Assam Mental Hospital (Tezpur, India) - 1933-1948
Year: 1933
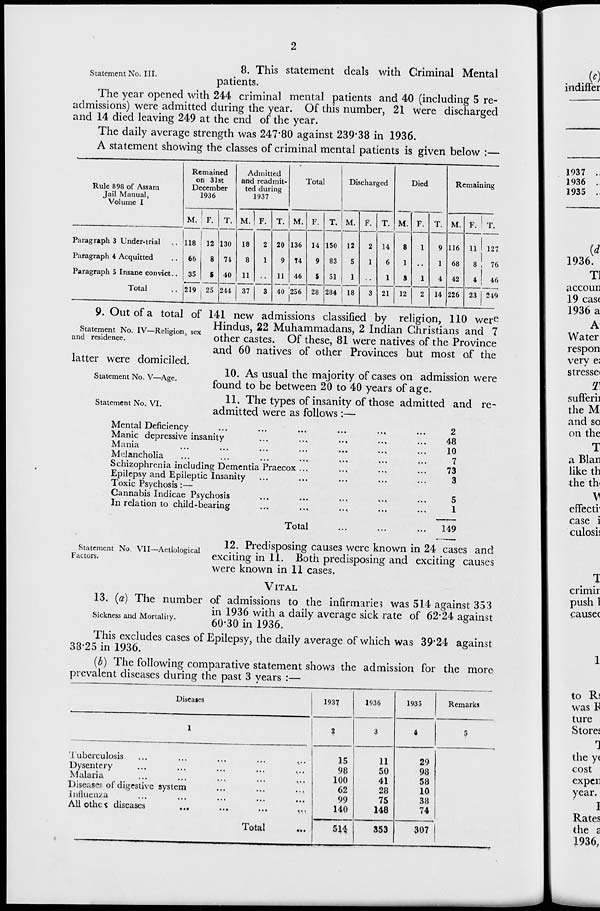
2
Statement No. III.
8. This statement deals with Criminal Mental
patients.
The year opened with 244 criminal mental patients and 40 (including 5 re-
admissions) were admitted during the year. Of this number, 21 were discharged
and 14 died leaving 249 at the end of the year.
The daily average strength was 247.80 against 239.38 in 1936.
A statement showing the classes of criminal mental patients is given below :—
Rule 898 of Assam
Jail Manual,
Volume I
Paragraph 3 Under-trial ..
Paragraph 4 Acquitted ...
Paragraph 5 Insane convict ..
Total ..
Remained
on 31st
December
1936
M.
118
66
35
219
F.
12
8
5
25
T.
130
74
40
244
Admitted
and readmit-
ted during
1937
M.
18
8
11
37
F.
2
1
..
3
T.
20
9
11
40
Total
M.
136
74
46
256
F.
14
9
5
28
T.
150
83
51
284
Discharged
M.
12
5
1
18
F.
2
1
..
3
T.
14
6
1
21
Died
M.
8
1
3
12
F.
1
..
1
2
T.
9
1
4
14
Remaining
M.
116
68
42
226
F.
11
8
4
23
T.
127
76
46
249
Statement No. IV—Religion, sex
and residence.
9. Out of a total of 141 new admissions classified by religion, 110 were
Hindus, 22 Muhammadans, 2 Indian Christians and 7
other castes. Of these, 81 were natives of the Province
and 60 natives of other Provinces but most of the
latter were domiciled.
Statement No. V—Age.
10. As usual the majority of cases on admission were
found to be between 20 to 40 years of age.
Statement No. VI.
11. The types of insanity of those admitted and re-
admitted were as follows :—
Mental Deficiency ... ... ... ... ... ...
Manic depressive insanity ... ... ... ... ...
Mania ... ... ... ... ... ... ...
Melancholia ... ... ... ... ... ... ...
Schizophrenia including Dementia Praecox ... ... ... ...
Epilepsy and Epileptic Insanity ... ... ... ... ...
2
48
10
7
73
3
Toxic Psychosis:—
Cannabis Indicae Psychosis ... ... ... ... ... ...
In relation to child-bearing ... ... ... ... ... ...
Total ... ... ...
5
1
149
Statement No. VII—Actiological
Factors.
12. Predisposing causes were known in 24 cases and
exciting in 11. Both predisposing and exciting causes
were known in 11 cases.
VITAL
Sickness and Mortality.
13. (a) The number of admissions to the infirmaries was 514 against 353
in 1936 with a daily average sick rate of 62.24 against
60.30 in 1936.
This excludes cases of Epilepsy, the daily average of which was 39.24 against
38.25 in 1936.
(b) The following comparative statement shows the admission for the more
prevalent diseases during the past 3 years :—
Diseases
1
Tuberculosis ... ... ... ... ...
Dysentery
...
...
...
...
...
Malaria ... ... ... ... ...
Diseases of digestive system ... ... ...
Influenza ... ... ... ... ..
All other diseases ... ... ... ...
Total ...
1937
2
15
98
100
62
99
140
514
1936
3
11
50
41
28
75
148
353
1935
4
29
98
58
10
38
74
307
Remarks
5